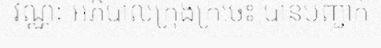
វណ្ណៈ អភិបាលក្រុងក្រចេះ បានបញ្ជាក់